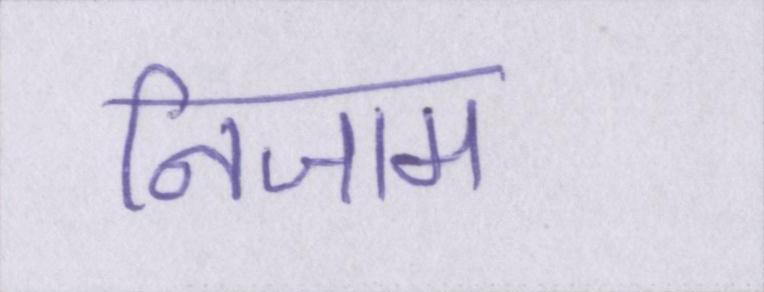
निजाम